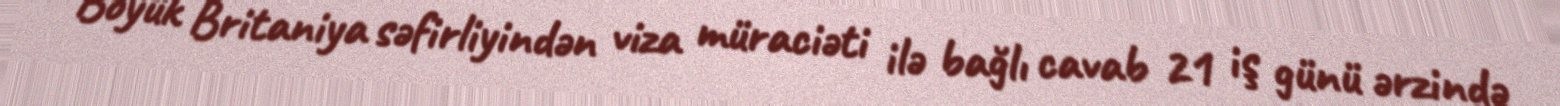
Böyük Britaniya səfirliyindən viza müraciəti ilə bağlı cavab 21 iş günü ərzində